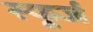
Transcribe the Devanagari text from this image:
स्फूर्ज